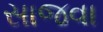
સાજવા